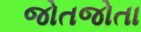
જોતજોતા